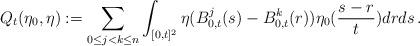
LaTeX: \begin{align*}Q_t(\eta_0,\eta):= \sum_{0\le j<k \le n} \int_{[0,t]^2} \eta(B_{0,t}^j(s)-B_{0,t}^k (r))\eta_0(\frac{s-r}t)drds\,.\end{align*}